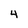
Character: 4